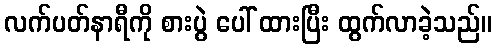
လက်ပတ်နာရီကို စားပွဲ ပေါ် ထားပြီး ထွက်လာခဲ့သည်။